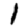
Digit: 1